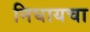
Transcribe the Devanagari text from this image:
निघायचा